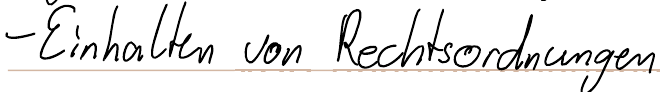
- Einhalten von Rechtsordnungen